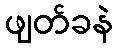
ဖျတ်ခနဲ